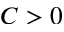
C > 0